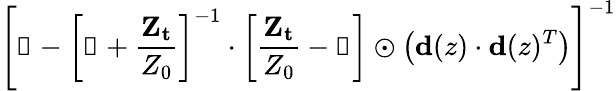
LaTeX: \left[\mathbb{1}-\left[\mathbb{1}+\frac{\mathbf{Z_{t}}}{Z_{0}}\right]^{-1}\cdot\left[\frac{\mathbf{Z_{t}}}{Z_{0}}-\mathbb{1}\right]\odot\left(\mathbf{d}(z)\cdot\mathbf{d}(z)^{T}\right)\right]^{-1}